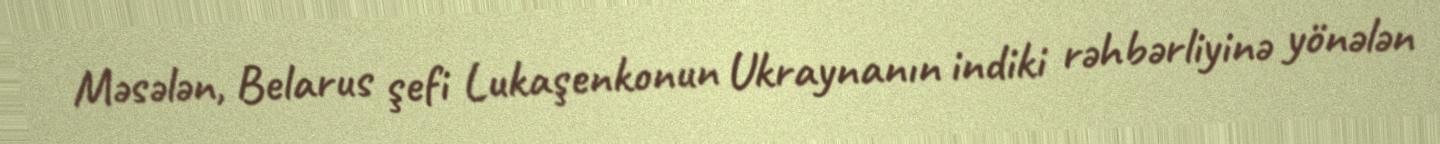
Məsələn, Belarus şefi Lukaşenkonun Ukraynanın indiki rəhbərliyinə yönələn